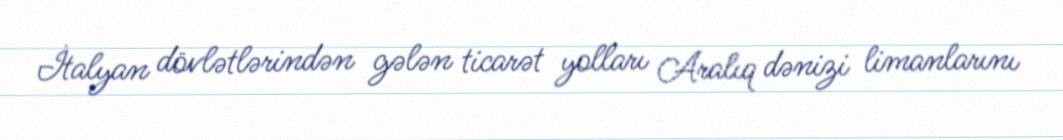
İtalyan dövlətlərindən gələn ticarət yolları Aralıq dənizi limanlarını